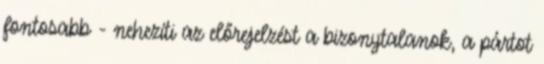
fontosabb - nehezíti az előrejelzést a bizonytalanok, a pártot